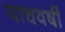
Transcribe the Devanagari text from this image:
याचवर्षी